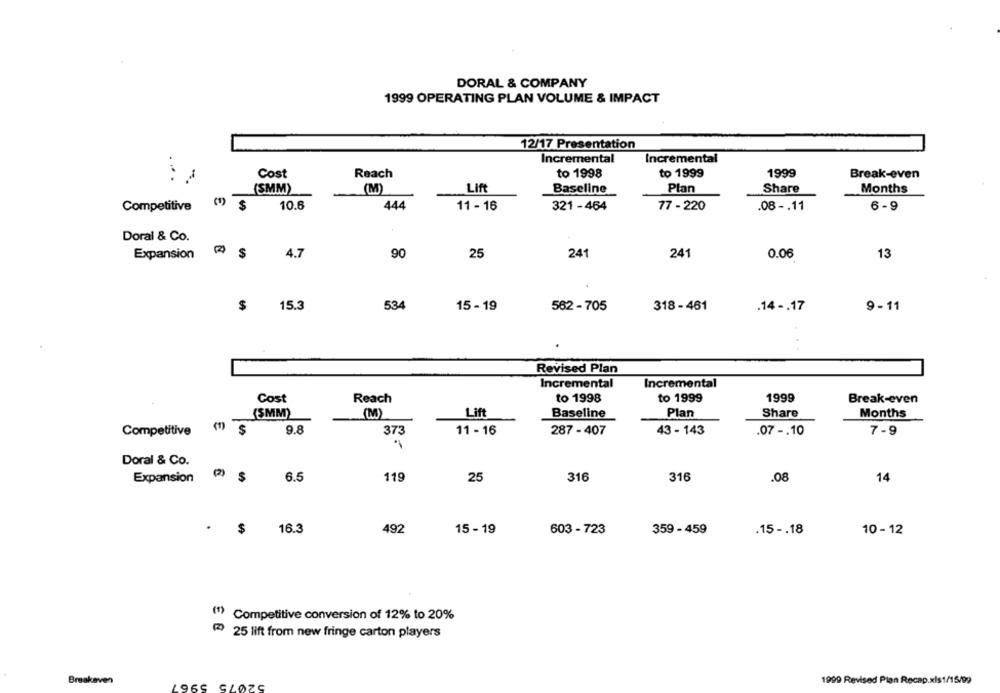
DORAL & COMPANY
1999 OPERATING PLAN VOLUME & IMPACT
12/17 Presentation
Incremental
Incremental
Reach
to 1998
to 1999
. ..
Cost
1999
Break-even
(SMM)
(M)
Lift
Baseline
Plan
Share
Months
Competitive
() $
10.6
444
11 - 16
321 - 464
77 - 220
.08 -. 11
6-9
Doral & Co.
Expansion 4 $
4.7
90
25
241
241
0.06
13
$
15.3
534
15 - 19
562 - 705
318 - 461
.14 -. 17
9-11
Revised Plan
Incremental
Incremental
Cost
Reach
to 1998
to 1999
1999
Break-even
(SMM)
(M)
Lift
Baseline
Plan
Share
Months
Competitive (1) $
9.8
373
11- 16
287 - 407
43 - 143
.07 -. 10
7-9
Doral & Co.
Expansion (2) $
6.5
119
25
316
316
.08
14
$
16.3
492
15 - 19
603 - 723
359 - 459
.15 -. 18
10 - 12
(1) Competitive conversion of 12% to 20%
25 lift from new fringe carton players
Breakeven
1999 Revised Plan Recap.xls1/15/99
4965 SLØZ